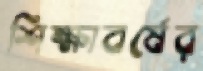
শিক্ষাবর্ষের